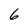
Character: 6